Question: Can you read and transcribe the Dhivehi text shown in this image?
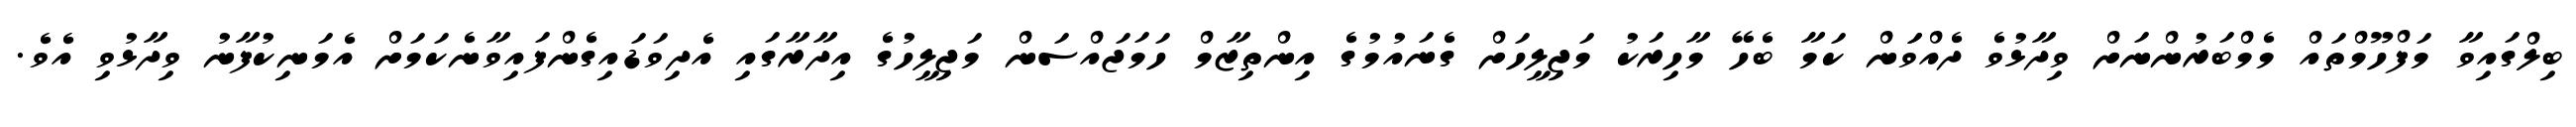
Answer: ބިލްގައިވާ މަފްހޫމްތައް މެމްބަރުންނަށް ވިދާޅުވެ ދެއްވަަން ކަމާ ބެހޭ މާހިރަކު މަޖިލީހަށް ގެނައުމުގެ އިންތިޒާމް ހަމަޖައްސަން މަޖިލީހުގެ އިދާރާގައި އެދިވަޑައިގެންފައިވާނެކަމަށް އެމަނިކުފާނު ވިދާޅުވި އެވެ.